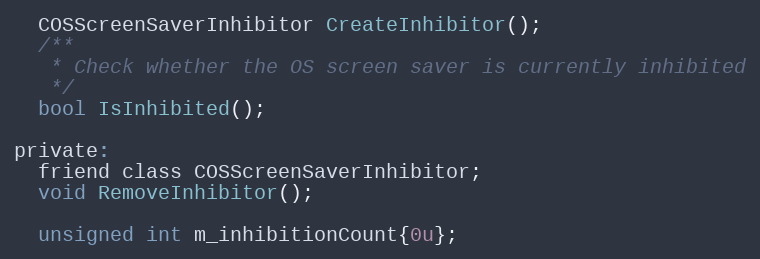
Language: C
  COSScreenSaverInhibitor CreateInhibitor();
  /**
   * Check whether the OS screen saver is currently inhibited
   */
  bool IsInhibited();

private:
  friend class COSScreenSaverInhibitor;
  void RemoveInhibitor();

  unsigned int m_inhibitionCount{0u};